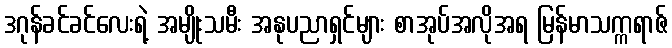
ဒဂုန်ခင်ခင်လေးရဲ့ အမျိုးသမီး အနုပညာရှင်များ စာအုပ်အလိုအရ မြန်မာသက္ကရာဇ်